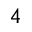
_ 4